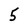
Character: 5